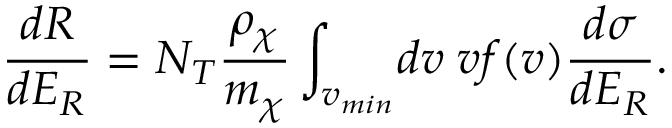
{ \frac { d R } { d E _ { R } } } = N _ { T } { \frac { \rho _ { \chi } } { m _ { \chi } } } \int _ { v _ { m i n } } \! d v \; v f ( v ) { \frac { d \sigma } { d E _ { R } } } .